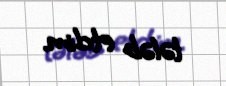
tələb etdim.